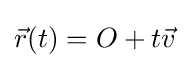
{\vec {r}}(t)=O+t{\vec {v}}